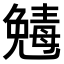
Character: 𠒾